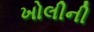
ખોલીની